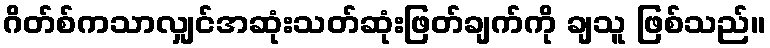
ဂိတ်စ်ကသာလျှင်အဆုံးသတ်ဆုံးဖြတ်ချက်ကို ချသူ ဖြစ်သည်။